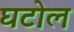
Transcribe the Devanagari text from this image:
घटोल